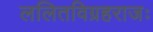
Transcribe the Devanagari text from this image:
ललितविग्रहराजः